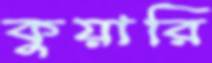
কুয়ারি